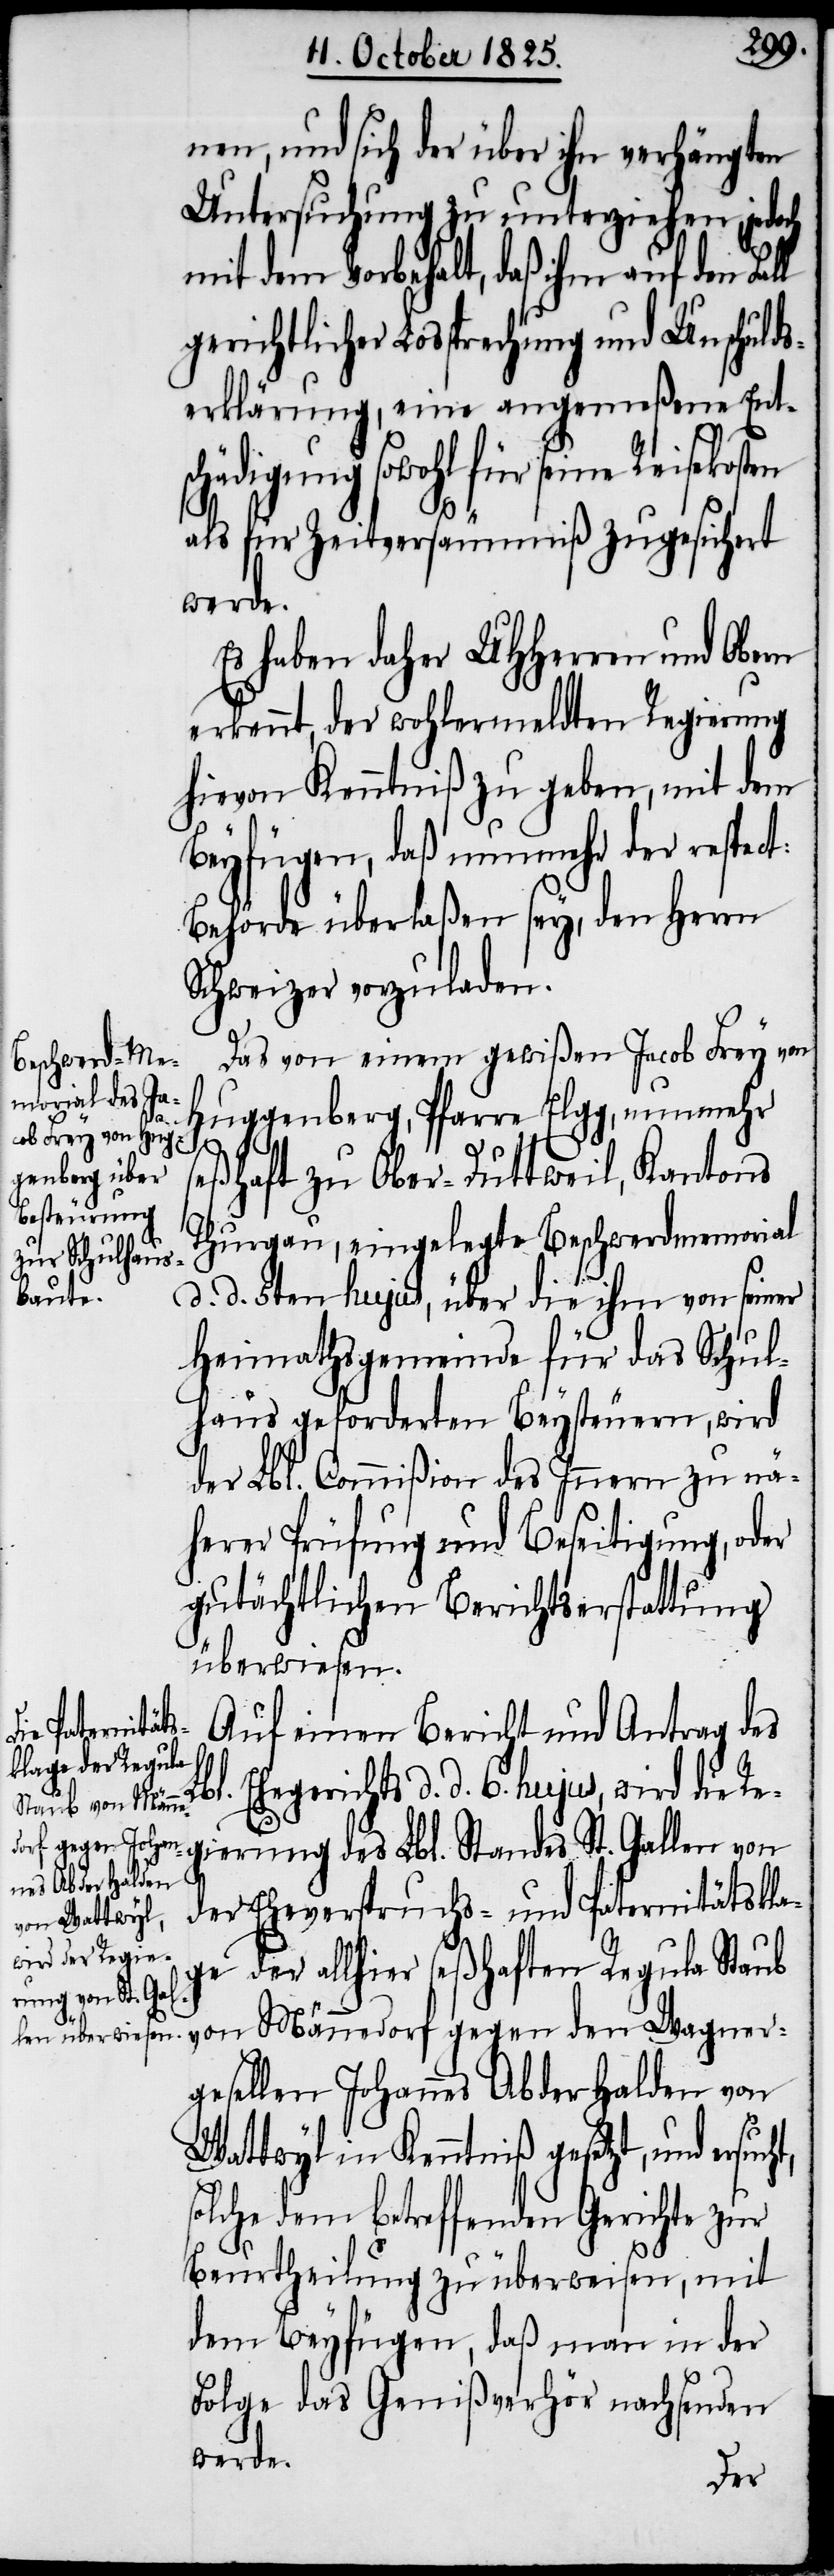
ten

nen, und sich der über ihn verhängten
Untersuchung zu unterziehen jedoch
mit dem Vorbehalt, daß ihm auf den Fal¬
gerichtlicher Lossprechung und Unschulds¬
erklärung, eine angemeßene Ents¬
chädigung sowohl für seine Reisekos¬
als für Zeitversäumniß zugesichert
werde.
Es haben daher UHHerren und Obern
erkennt, der wohlermeldten Regierung
hievon Kenntniß zu geben, mit dem
beyfügen, daß nunmehr der respect:
Behörde überlaßen sey, den Herrn
Schweizer vorzuladen.
Das von einem gewißen Jacob Frey von
Huggenberg, Pfarre Elgg, nunmehr
seßhaft zu Ober-Duttweil, Kantons
Thurgau, eingelegte Beschwerdmemorial
d. d. 5ten hujus, über die ihm von seiner
Heimathsgemeinde für das Schul¬
haus geforderten Beysteuern, wird
der Lbl. Commißion des Innern zu nä¬
herer Prüfung und Beseitigung, oder
gutächtlichen Berichtserstattung
überwiesen.
Auf einen Bericht und Antrag des
t,
Ehegerichts d. d. 6. hujus, wird die Re¬
gierung des Lbl. Standes St. Gallen von
der Eheverspruchs- und Paternitätskla¬
ge der allhier seßhaften Regula Staub
von Männedorf gegen den Wagner¬
gesellen Johannes Abderhalden von
Wattwyl in Kenntniß gesetzt, und ersuch¬
solche dem betreffenden Gerichte zur
Beurtheilung zu überweisen, mit
dem Beyfügen, daß man in der
Folge des Genißverhör nachsenden
werde.